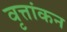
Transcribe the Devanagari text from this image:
वृत्तांकन